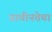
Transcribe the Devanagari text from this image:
प्राचीनतेचा